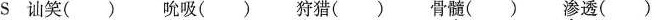
s讪笑() 吮吸() 狩猎() 骨髓() 渗透()